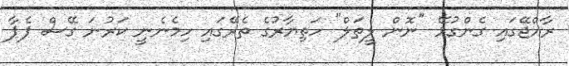
ރާއްޖޭގައި ގެންގުޅޭ "ނޮން ލީތަލް" ހަތިޔާރުގެ ތެރޭގައި ހިމެނެނީ ކަރުނަ ގޭސް ޕެޕާ